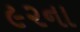
૯૨ના